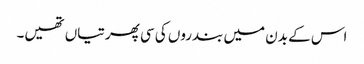
اس کے بدن میں بندروں کی سی پھرتیاں تھیں۔